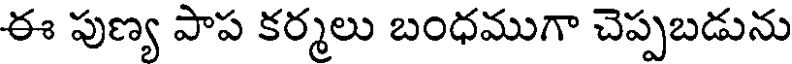
ఈ పుణ్య పాప కర్మలు బంధముగా చెప్పబడును